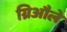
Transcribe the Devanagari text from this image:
ग्रिऔले